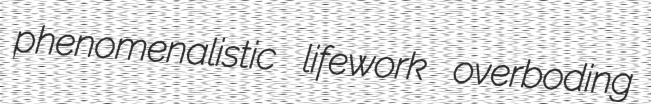
phenomenalistic lifework overboding